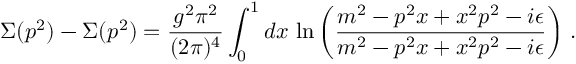
\Sigma ( p ^ { 2 } ) - \Sigma ( p ^ { 2 } ) = \frac { g ^ { 2 } \pi ^ { 2 } } { ( 2 \pi ) ^ { 4 } } \int _ { 0 } ^ { 1 } d x \, \ln \left( \frac { m ^ { 2 } - p ^ { 2 } x + x ^ { 2 } p ^ { 2 } - i \epsilon } { m ^ { 2 } - p ^ { 2 } x + x ^ { 2 } p ^ { 2 } - i \epsilon } \right) \, .